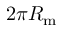
2 \pi R _ { \mathrm { m } }